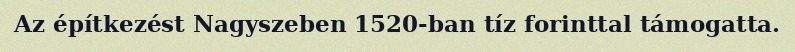
Az építkezést Nagyszeben 1520-ban tíz forinttal támogatta.